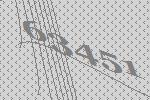
63451